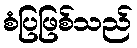
စံပြဖြစ်သည်